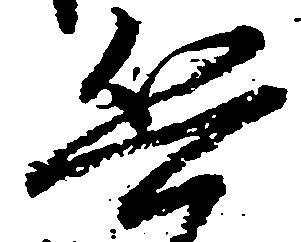
兵